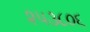
૨૫૩૮૦૬